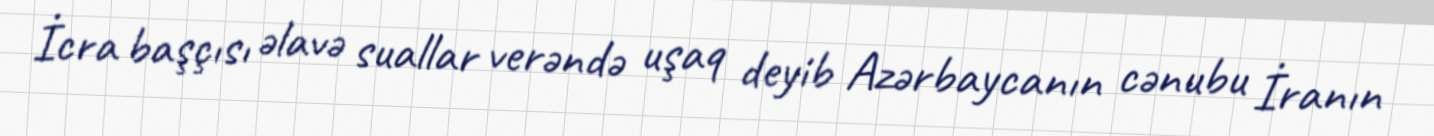
İcra başçısı əlavə suallar verəndə uşaq deyib Azərbaycanın cənubu İranın